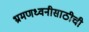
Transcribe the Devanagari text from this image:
भ्रमणध्वनीसाठीची